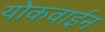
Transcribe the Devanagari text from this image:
योकवाईन